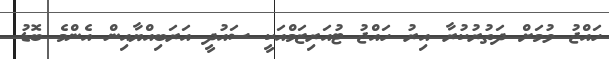
ހައްޖު ވުމަށް ދަތުރުކުރާ އިރު ހައްޖު ޓުއަރިޒަމްއަކީ ސައުދީ އަރަބިއްޔާއިން އެންމެ ބޮޑު